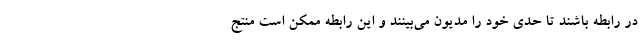
در رابطه باشند تا حدی خود را مدیون می‌بینند و این رابطه ممکن است منتج